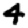
Digit: 4